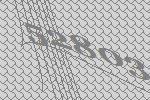
52803